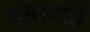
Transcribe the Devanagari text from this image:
समस्याऍ